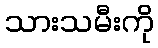
သားသမီးကို